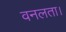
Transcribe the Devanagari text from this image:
वनलता।